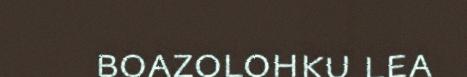
boazolohku lea